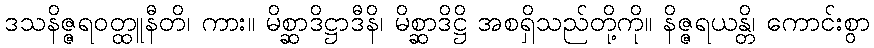
ဒသနိဇ္ဇရဝတ္ထူနီတိ၊ ကား။ မိစ္ဆာဒိဋ္ဌာဒီနိ၊ မိစ္ဆာဒိဋ္ဌိ အစရှိသည်တို့ကို။ နိဇ္ဇရယန္တိ၊ ကောင်းစွာ